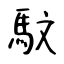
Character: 馼